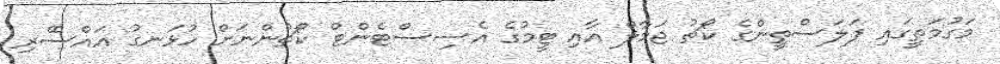
މަގުމަތީގައި ފަލަސްތީންގެ ކޯޗު ޖަމާލް އާއި ޓީމުގެ އެސިސްޓެންޓް ކޯޗުންނަށް ހުޅަނގު އައްސޭރި